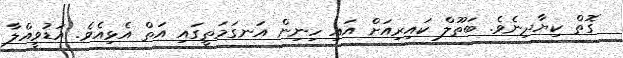
ގޮތް ކިޔާދިނެވެ. ބަތޫލް ކައިރިއަށް އައި ހިނިން އަނގަމަތީގައި އަތް އެޅިއެވެ. އަޑުވީއްލާ